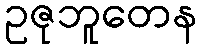
ဥဇုဘူတေန